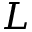
L